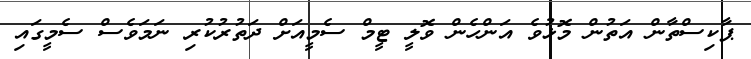
ޕާކިސްތާން އަތުން މޮޅުވެ އަންހެން ވޮލީ ޓީމް ސެމީއަށް ދަތުރުކުރި ނަމަވެސް ސެމީގައި